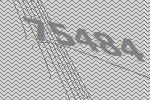
75484